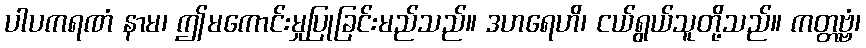
ပါပကရဏံ နာမ၊ ဤမကောင်းမှုပြုခြင်းမည်သည်။ ဒဟရေဟိ၊ ငယ်ရွယ်သူတို့သည်။ ကတ္တဗ္ဗံ၊